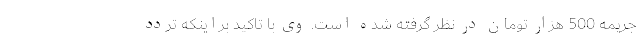
جریمه 500 هزار تومان در نظر گرفته شده است. وی با تاکید براینکه تردد